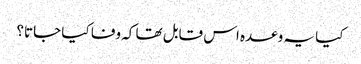
کیا یہ وعدہ اس قابل تھا کہ وفا کیا جاتا؟